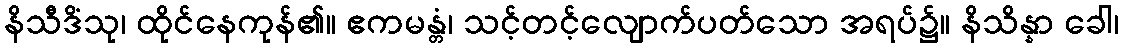
နိသီဒိံသု၊ ထိုင်နေကုန်၏။ ဧကမန္တံ၊ သင့်တင့်လျောက်ပတ်သော အရပ်၌။ နိသိန္နာ ခေါ၊